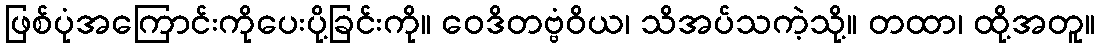
ဖြစ်ပုံအကြောင်းကိုပေးပို့ခြင်းကို။ ဝေဒိတဗ္ဗံဝိယ၊ သိအပ်သကဲ့သို့။ တထာ၊ ထို့အတူ။